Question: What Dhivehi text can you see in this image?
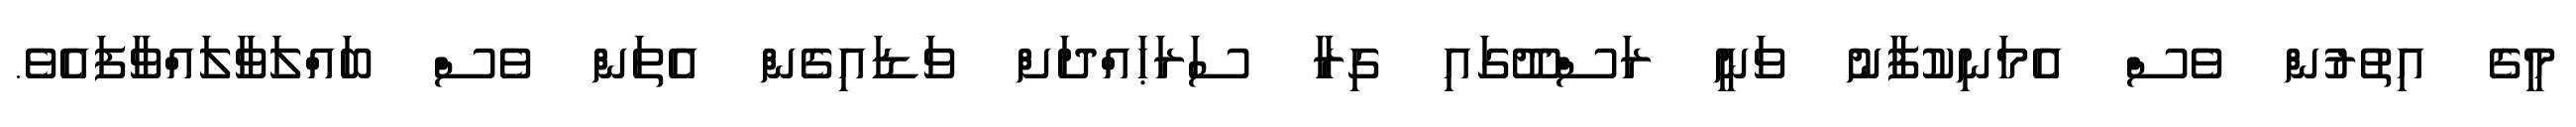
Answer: މީގެ އިތުރުން ވެސް އެމަނިކުފާނު ވަނީ ރަސްދޫގައި ގިރާ ސަރަޙައްދަށް ވަޑައިގެން އެތަން ވެސް ބައްލަވާލައްވާފައެވެ.